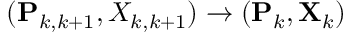
( \mathbf { P } _ { k , k + 1 } , X _ { k , k + 1 } ) \to ( \mathbf { P } _ { k } , \mathbf { X } _ { k } )